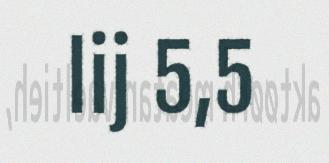
lij 5,5